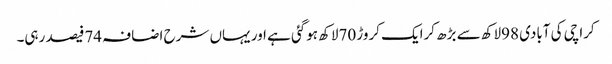
کراچی کی آبادی 98لاکھ سے بڑھ کرایک کروڑ 70لاکھ ہوگئی ہے اور یہاں شرح اضافہ 74فیصد رہی۔